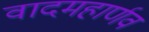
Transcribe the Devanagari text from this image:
वादमहार्णव